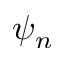
\psi _ { n }